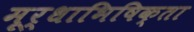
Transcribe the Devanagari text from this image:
मूर्धाभिषिक्ता